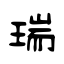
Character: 瑞